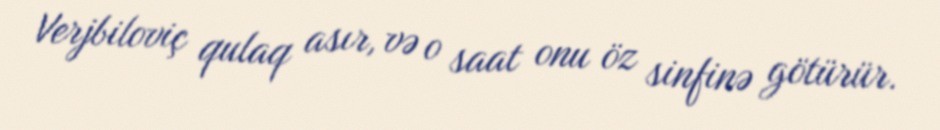
Verjbiloviç qulaq asır, və o saat onu öz sinfinə götürür.